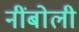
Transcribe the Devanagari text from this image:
नींबोली